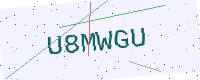
Text: U8MWGU